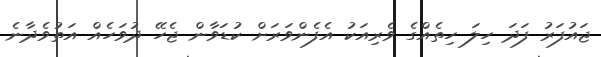
ޖައުފަރު ފަދަ ހިލަ ހިތެއްގެ ވެރިއަކު އެފެންވަރަށް ކުޑަވާން ޖެހޭ ދުވަހެއް އަތުވެދާނެ